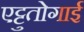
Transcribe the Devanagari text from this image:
एट्टुतोगाई